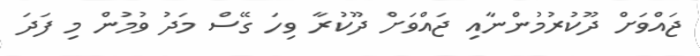
ޖައްވަށް ދޫކުރުމުންނާއި ޖައްވަށް ދޫކުރާ ވިހަ ގޭސް މަދު ވުމުން މި ފަދަ